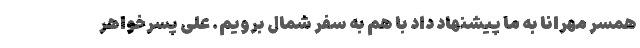
همسر مهرانا به ما پیشنهاد داد با هم به سفر شمال برویم. علی پسرخواهر